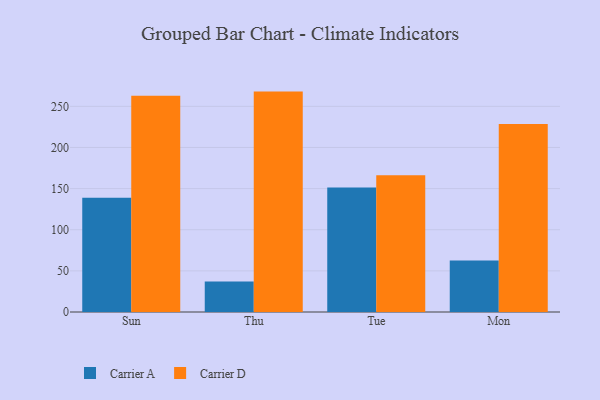
{"axis": {"x": "Day", "y": "Budget (USD K)"}, "legend": ["Carrier A", "Carrier D"], "data": [{"x": "Sun", "y": 139.0, "type": "Carrier A"}, {"x": "Sun", "y": 263.0, "type": "Carrier D"}, {"x": "Thu", "y": 37.2, "type": "Carrier A"}, {"x": "Thu", "y": 267.9, "type": "Carrier D"}, {"x": "Tue", "y": 151.4, "type": "Carrier A"}, {"x": "Tue", "y": 166.1, "type": "Carrier D"}, {"x": "Mon", "y": 62.6, "type": "Carrier A"}, {"x": "Mon", "y": 228.6, "type": "Carrier D"}]}